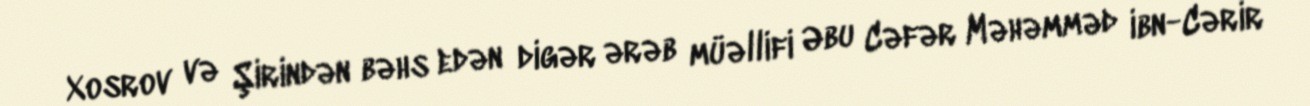
Xosrov və Şirindən bəhs edən digər ərəb müəllifi Əbu Cəfər Məhəmməd ibn-Cərir